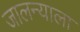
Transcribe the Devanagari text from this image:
जालन्याला